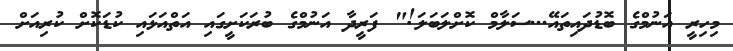
މިހިރީ އަނުމްގެ ބޮޑުދައިތައޭ...ސަލާމް ކޮށްލަބަލަ!" ފަރީދާ އަނުމްގެ ބުރަކަށީގައި އަތްއަޅައި ކުޑަކޮށް ކުރިއަށް